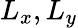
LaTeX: L_{x},L_{y}